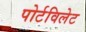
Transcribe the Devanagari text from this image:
पोर्टविलेट